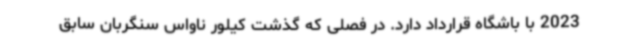
2023 با باشگاه قرارداد دارد. در فصلی که گذشت کیلور ناواس سنگربان سابق